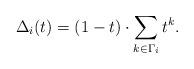
LaTeX: \begin{align*}\Delta_i(t) = (1-t)\cdot\sum_{k \in \Gamma_i} t^k.\end{align*}